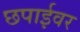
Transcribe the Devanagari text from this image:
छपाईवर